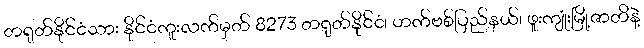
တရုတ်နိုင်ငံသား နိုင်ငံကူးလက်မှတ် 8273 တရုတ်နိုင်ငံ၊ ဟက်ဗစ်ပြည်နယ်၊ ဖူးကျုံးမြို့ဇာတိနဲ့